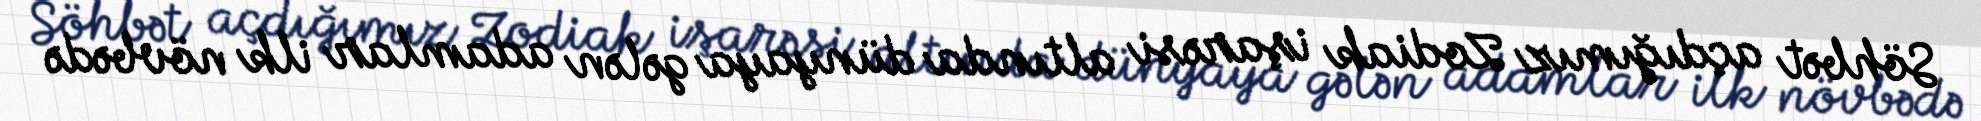
Söhbət açdığımız Zodiak işarəsi altında dünyaya gələn adamlar ilk növbədə